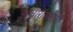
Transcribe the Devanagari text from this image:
उपचारांअभावी